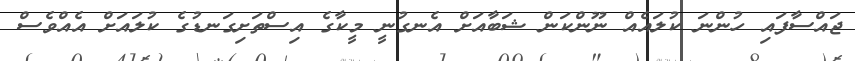
ޖައްސާފައި ހުންނަ ކުލައެއް ނޫންކަން ޝަބާއަށް އެނގުނީ މީކާގެ އިސްތަށިގަނޑުގެ ކުލައަށް އެއްވެސް